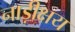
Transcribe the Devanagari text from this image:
नाड़ीक्षय